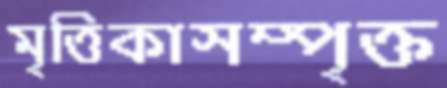
মৃত্তিকাসম্পৃক্ত